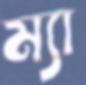
ম্যা